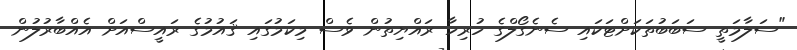
"ސަލާމަތީ ސަބަބުތަކަށްޓަކައި ސެނެގޯލްގެ ހުރިހާ ރައްޔިތުން ވެސް މިކަމުގައި ޤައުމުގެ ރައީސްއަށް އެއްބާރުލުން